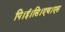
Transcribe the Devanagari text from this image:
पि।ई।सि।एच।एस